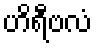
ဟိရီဗလံ